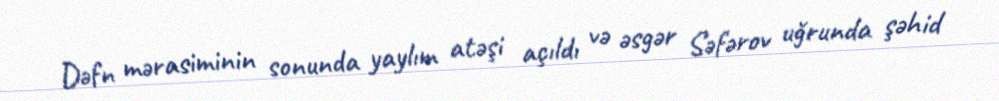
Dəfn mərasiminin sonunda yaylım atəşi açıldı və əsgər Səfərov uğrunda şəhid